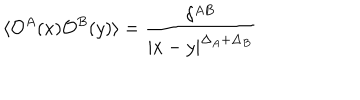
\langle { \cal O } ^ { A } ( x ) { \cal O } ^ { B } ( y ) \rangle = \frac { \delta ^ { A B } } { \left| x - y \right| ^ { \Delta _ { A } + \Delta _ { B } } }